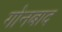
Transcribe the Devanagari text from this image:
गोनबाद